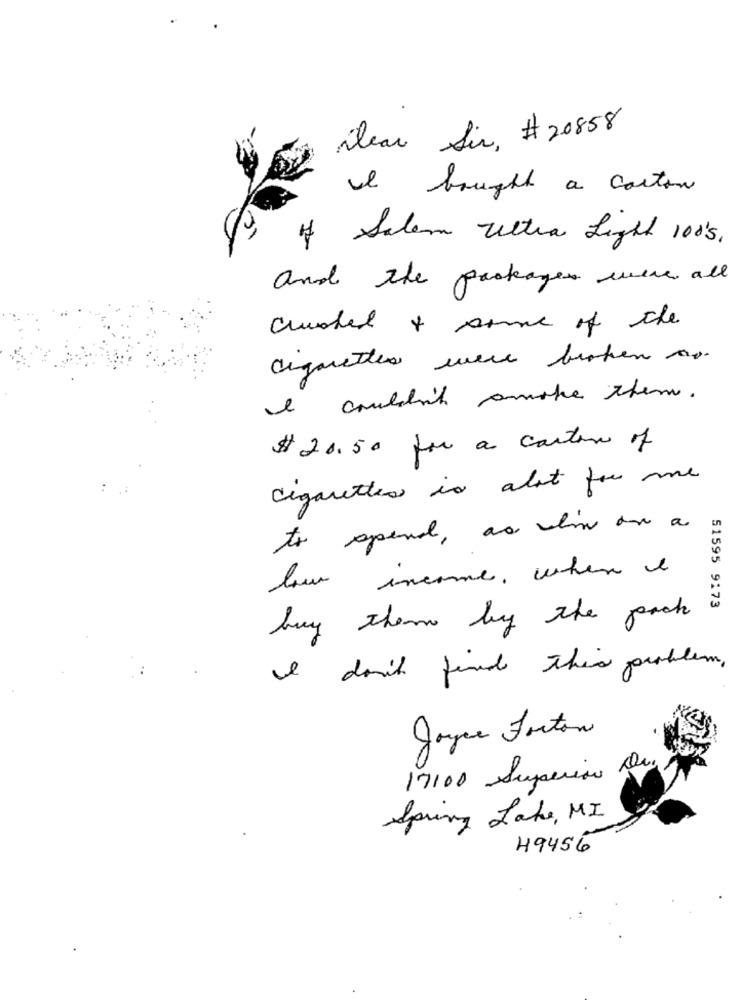
ilear Sir, # 20858
I bought a coston
of Salem Ultra Light 10's.
and the packages were all
crushed & some of the
cigarettes were broken os.
I couldn't smoke them.
$ 20.50 for a carton of
cigarettes is alot for me
to spend, as lin one a
low income , when i
51595 9173
buy them by the pack
I don't find this problem,
Joyce Forton
17100 Superior De.
Spring Lake, MI
49456